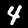
Label: 4